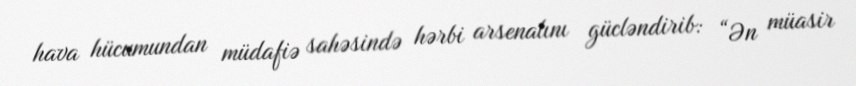
hava hücumundan müdafiə sahəsində hərbi arsenalını gücləndirib: “Ən müasir